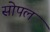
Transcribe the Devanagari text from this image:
सोपल